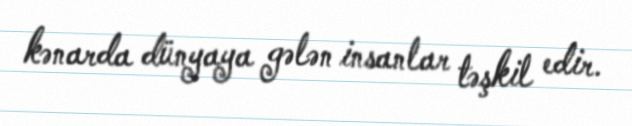
kənarda dünyaya gələn insanlar təşkil edir.